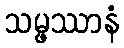
သမ္ဖဿာနံ